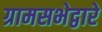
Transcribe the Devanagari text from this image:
ग्रामसभेद्वारे